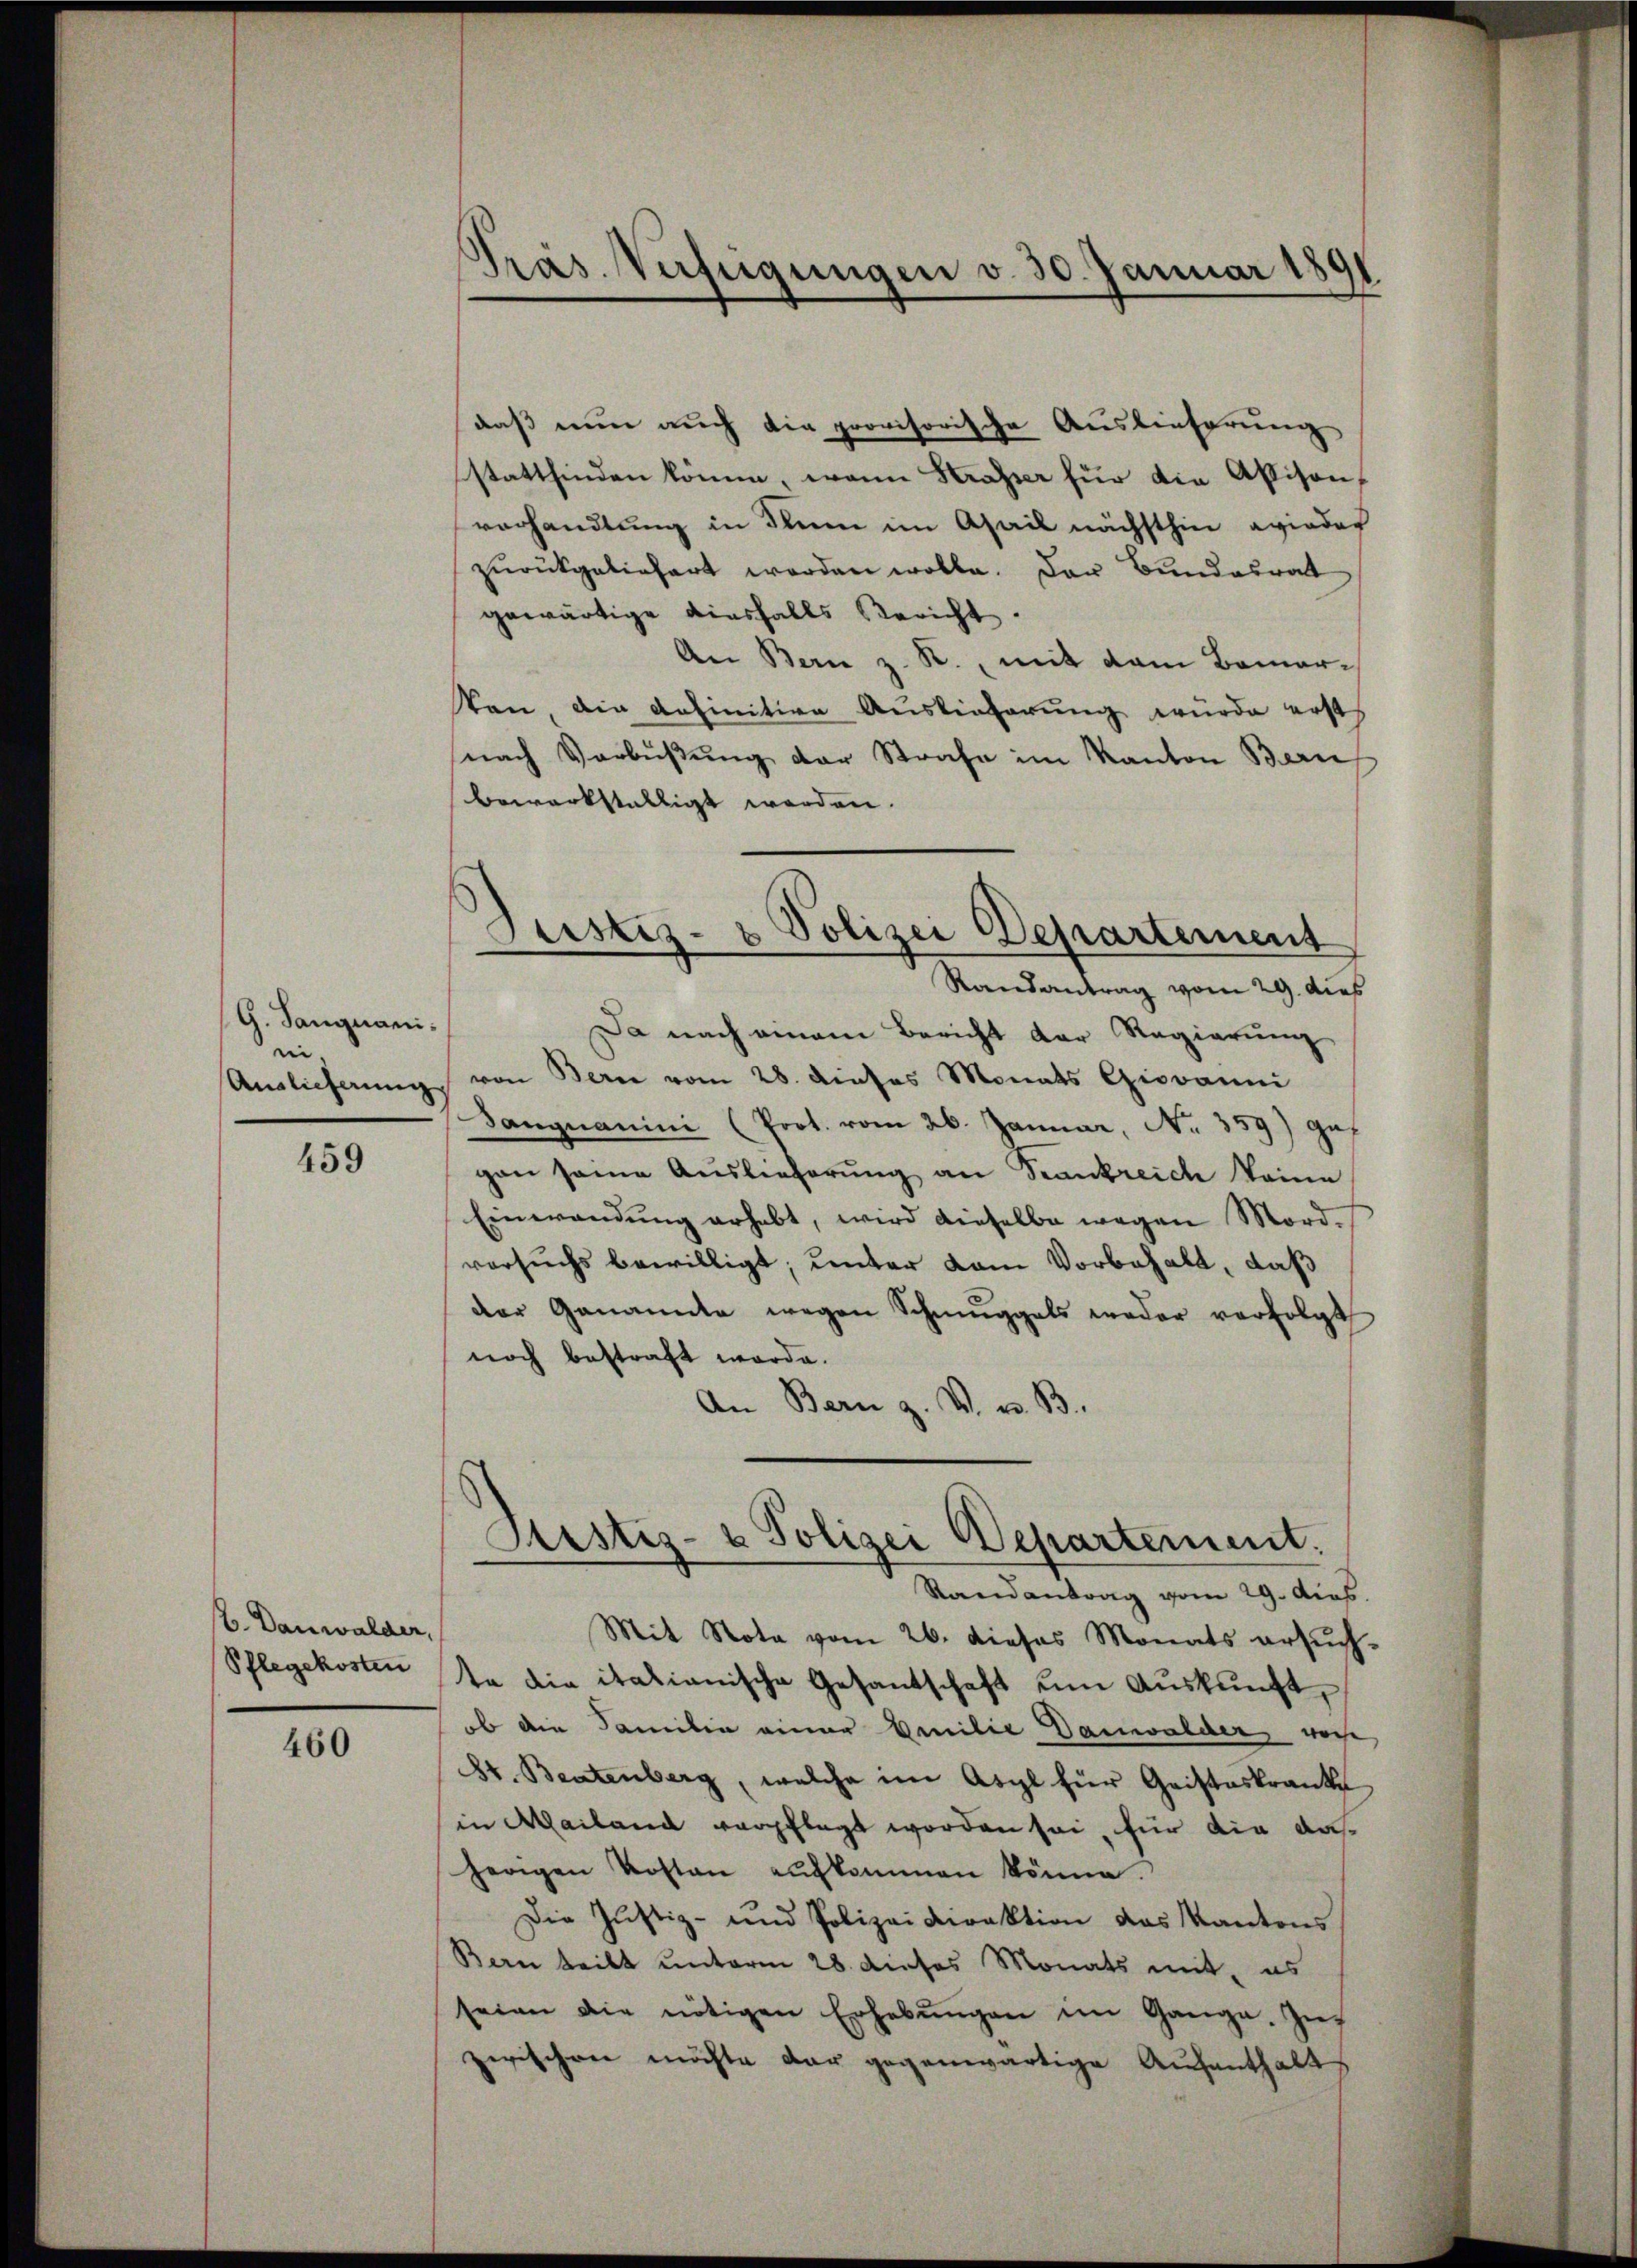
G. Sanguanii
Auslieferung

459

B. Danwalder,
Pflegekosten

460

Pras. Verfügungen v. 30. Januar 18

Justiz- & Polizei Departement

daß nun auch die provisorische Auslieferung
stattfinden komm, wann Strasser für die Assison,
vorhandlung in Stim im Ahail nächsthin wieder
zurückgeliefert worden wolle. Der Bundesrat
gewärtige diesfalls Bericht.
An Bern z. R. mit dem Bemer-
Von die definitive Auslieferung wurde erst
nach Verbüßung der Strafe im Kanton Bern
bewerkstelligt werden.
Randantrag vom 29. dies
Da nach einem Bericht der Regierŭng
von Bern vom 28. dieses Monats Giovanni
Sangnamini (Prot. vom 26. Januar, No. 359) gef
gon seine Auslieferung an Frankreich eine
Einwendung erhebt, wird dieselbe wegen Mordversuchs bewilligt; unter kam Vorbehalt, daß
der Genannte wegen Schmuggals weder verfolgt
noch bestraft werde.
An Bern z. V. u. B.

Justiz- & Polizei Departement.
.

Randantrag vom 29. dies
Mit Nota vom 26. dieses Monats ersŭch-
te die italianische Gesantschaft um Auskunft,
ob die Familie einer Emilie Danwalder, wor
St. Beatenberg, welche im Asyl für Geisteskranke
in Mailand verpflegt worden sei, für die Ausherigen Kosten aufkommen könne.
Die Justiz- und Polizei Direktion das Kantons
Bern teilt unterm 28. dieses Monats mit, es
seien die nötigen Erhebŭngen im Gange. Zŭ
zwischen möchte der gegenwärtige Aufenthalt